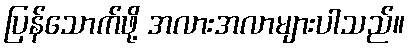
ပြန်သောက်ဖို့ အလားအလာများပါသည်။